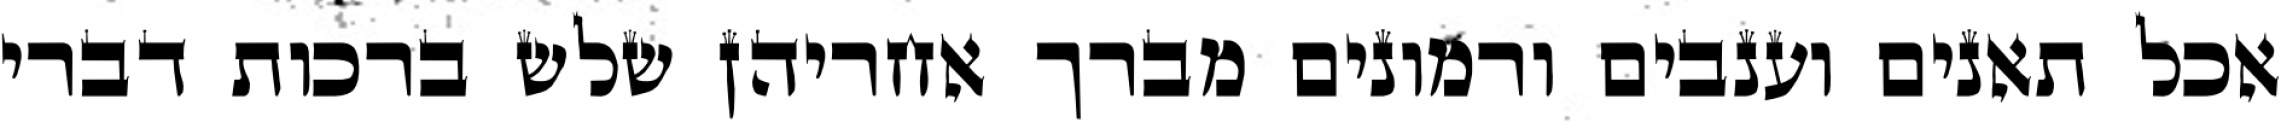
אכל תאנים וענבים ורמונים מברך אחריהן שלש ברכות דברי